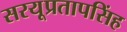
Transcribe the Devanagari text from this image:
सरयूप्रतापसिंह